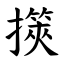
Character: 擌